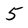
Character: 5